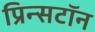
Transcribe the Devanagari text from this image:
प्रिन्सटॉन